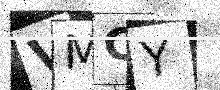
Text: VMCY